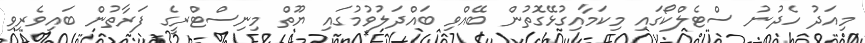
މިއަދު ހެދުނު ސްޓެލްކޯގައި މިކަމާއިގުޅޭގޮތުން ބޭއްވި ބައްދަލުވުމުގައި ޔޫތް މިނިސްޓްރީގެ ފަރާތުން ބައިވެރިވި